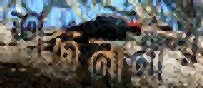
শর্তনামায়